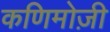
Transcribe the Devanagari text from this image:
कणिमोज़ी